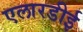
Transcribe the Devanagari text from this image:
एलारडीई